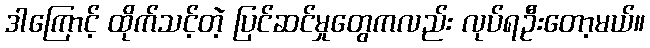
ဒါကြောင့် ထိုက်သင့်တဲ့ ပြင်ဆင်မှုတွေကလည်း လုပ်ရဦးတော့မယ်။